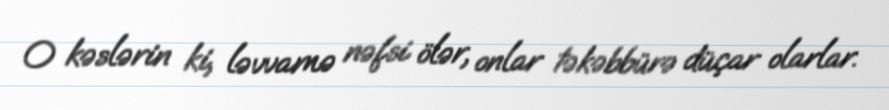
O kəslərin ki, ləvvamə nəfsi ölər, onlar təkəbbürə düçar olarlar.